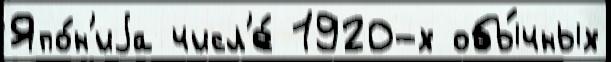
Япо́н'иjа числ'е́ 1920-х обы́чных